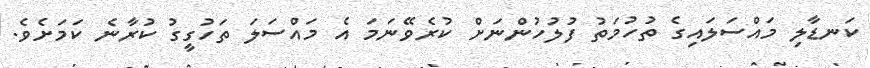
ކަނޑާލި މައްސަލައިގެ ތުހުމަތު ފުލުހުންނަށް ކުރެވޭނަމަ އެ މައްސަލަ ތަހުގީގު ކުރާނެ ކަމަށެވެ.